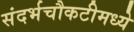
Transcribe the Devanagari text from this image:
संदर्भचौकटीमध्ये